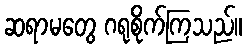
ဆရာမတွေ ဂရုစိုက်ကြသည်။